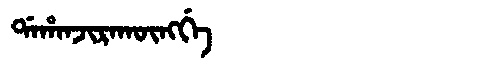
Manchu: ᡩᠠᡥᠠᠨᠵᡳᡵᠠᡴᡡᠩᡤᡝ
Romanization: DAHANJIRAKŪNGGE